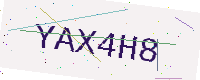
Text: YAX4H8